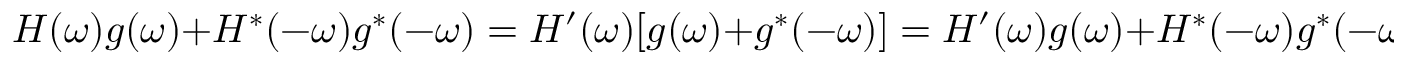
H ( \omega ) g ( \omega ) + H ^ { * } ( - \omega ) g ^ { * } ( - \omega ) = H ^ { \prime } ( \omega ) [ g ( \omega ) + g ^ { * } ( - \omega ) ] = H ^ { \prime } ( \omega ) g ( \omega ) + H ^ { * } ( - \omega ) g ^ { * } ( - \omega ) .